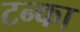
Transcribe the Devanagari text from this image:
टन्का